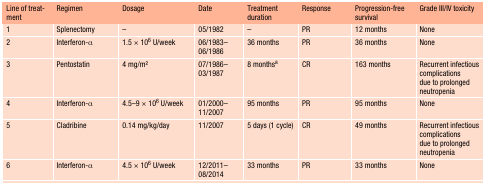
<table><thead><tr><td><b>Line of treatment</b></td><td><b>Regimen</b></td><td><b>Dosage</b></td><td><b>Date</b></td><td><b>Treatment duration</b></td><td><b>Response</b></td><td><b>Progression-free survival</b></td><td><b>Grade III/IV toxicity</b></td></tr></thead><tbody><tr><td>1</td><td>Splenectomy</td><td>–</td><td>05/1982</td><td>–</td><td>PR</td><td>12 months</td><td>None</td></tr><tr><td>2</td><td>Interferon-α</td><td>1.5 × 10<sup>6</sup> U/week</td><td>06/1983–06/1986</td><td>36 months</td><td>PR</td><td>36 months</td><td>None</td></tr><tr><td>3</td><td>Pentostatin</td><td>4 mg/m2</td><td>07/1986–03/1987</td><td>8 months<sup>a</sup></td><td>CR</td><td>163 months</td><td>Recurrent infectious complications due to prolonged neutropenia</td></tr><tr><td>4</td><td>Interferon-α</td><td>4.5–9 × 10<sup>6</sup> U/week</td><td>01/2000–11/2007</td><td>95 months</td><td>PR</td><td>95 months</td><td>None</td></tr><tr><td>5</td><td>Cladribine</td><td>0.14 mg/kg/day</td><td>11/2007</td><td>5 days (1 cycle)</td><td>CR</td><td>49 months</td><td>Recurrent infectious complications due to prolonged neutropenia</td></tr><tr><td>6</td><td>Interferon-α</td><td>4.5 × 10<sup>6</sup> U/week</td><td>12/2011–08/2014</td><td>33 months</td><td>PR</td><td>33 months</td><td>None</td></tr></tbody></table>